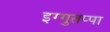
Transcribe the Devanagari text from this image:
इग्गुतप्पा